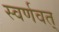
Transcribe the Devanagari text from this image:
स्वर्णवत्